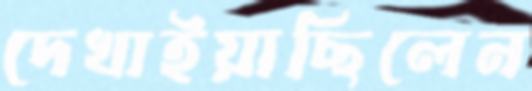
দেখাইয়াছিলেন